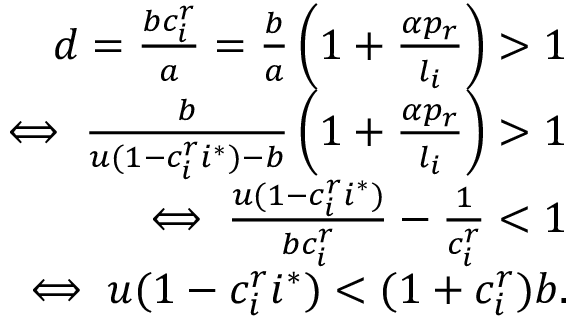
\begin{array} { r } { d = \frac { b c _ { i } ^ { r } } { a } = \frac { b } { a } \left( 1 + \frac { \alpha p _ { r } } { l _ { i } } \right) > 1 } \\ { \iff \frac { b } { u ( 1 - c _ { i } ^ { r } i ^ { * } ) - b } \left( 1 + \frac { \alpha p _ { r } } { l _ { i } } \right) > 1 } \\ { \iff \frac { u ( 1 - c _ { i } ^ { r } i ^ { * } ) } { b c _ { i } ^ { r } } - \frac { 1 } { c _ { i } ^ { r } } < 1 } \\ { \iff u ( 1 - c _ { i } ^ { r } i ^ { * } ) < ( 1 + c _ { i } ^ { r } ) b . } \end{array}